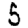
Digit: 5